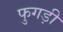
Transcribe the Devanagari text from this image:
फुगड़ी